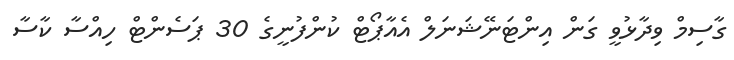
ގާސިމް ވިދާޅުވީ ގަން އިންޓަނޭޝަނަލް އެއާޕޯޓް ކުންފުނީގެ 30 ޕަސެންޓް ހިއްސާ ކާސާ